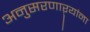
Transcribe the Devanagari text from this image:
अनुसरणाऱ्यांना